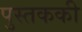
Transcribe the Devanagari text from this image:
पुस्तककी